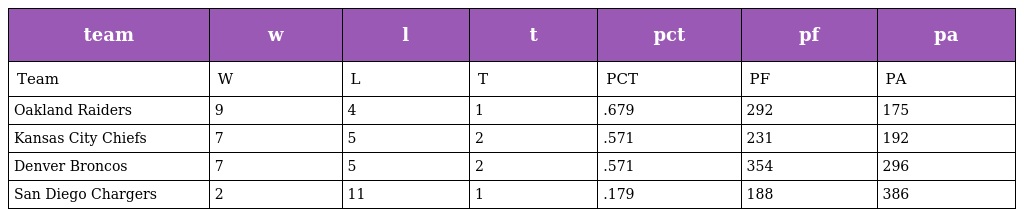
| team | w | l | t | pct | pf | pa |
 | --- | --- | --- | --- | --- | --- | --- |
 | Team | W | L | T | PCT | PF | PA |
 | Oakland Raiders | 9 | 4 | 1 | .679 | 292 | 175 |
 | Kansas City Chiefs | 7 | 5 | 2 | .571 | 231 | 192 |
 | Denver Broncos | 7 | 5 | 2 | .571 | 354 | 296 |
 | San Diego Chargers | 2 | 11 | 1 | .179 | 188 | 386 |